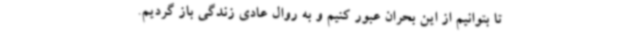
تا بتوانیم از این بحران عبور کنیم و به روال عادی زندگی باز گردیم.